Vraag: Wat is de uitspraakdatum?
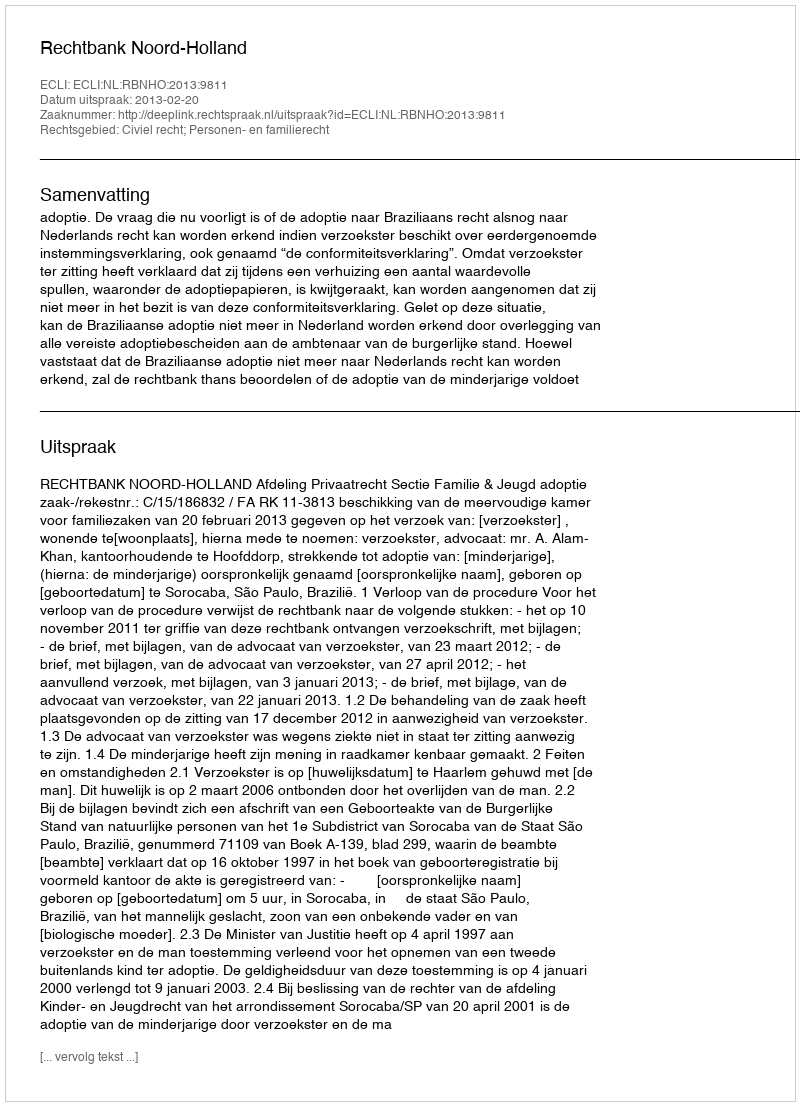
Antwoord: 2013-02-20